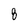
Character: 8